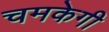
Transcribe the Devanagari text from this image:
चमकेगी